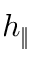
h _ { \| }